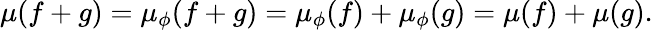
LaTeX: \mu(f+g)=\mu_{\phi}(f+g)=\mu_{\phi}(f)+\mu_{\phi}(g)=\mu(f)+\mu(g).